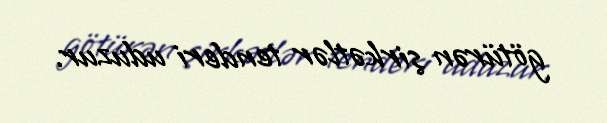
götürən şirkətlər tenderi uduzur.